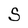
Character: S